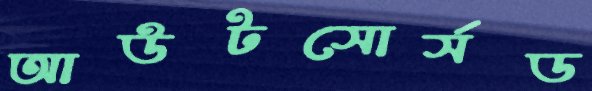
আউটসোর্সড